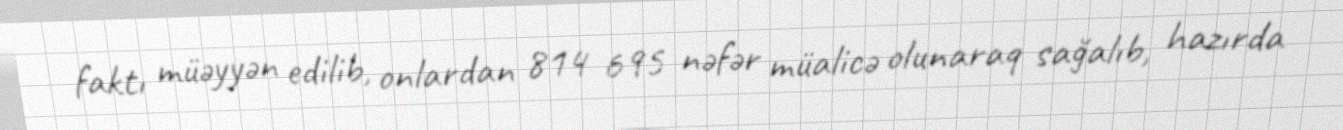
faktı müəyyən edilib, onlardan 814 695 nəfər müalicə olunaraq sağalıb, hazırda